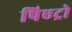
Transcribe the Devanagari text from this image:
पिएट्रो